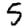
Digit: 5